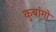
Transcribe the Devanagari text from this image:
कुबांगो